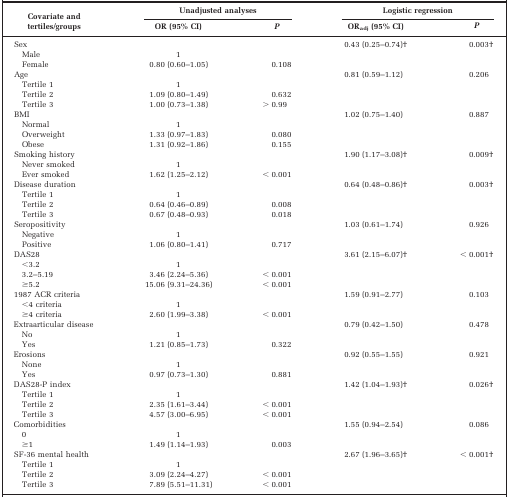
<table><thead><tr><td rowspan="3"><b>Covariate and tertiles/groups</b></td><td colspan="2"><b>Unadjusted analyses</b></td><td colspan="2"><b>Logistic regression</b></td></tr><tr><td><b>OR (95% CI)</b></td><td><b><i>P</i></b></td><td><b>OR<sub>adj</sub> (95% CI)</b></td><td><b><i>P</i></b></td></tr></thead><tbody><tr><td>Sex</td><td></td><td></td><td>0.43 (0.25–0.74)†</td><td>0.003†</td></tr><tr><td> Male</td><td>1</td><td></td><td></td><td></td></tr><tr><td> Female</td><td>0.80 (0.60–1.05)</td><td>0.108</td><td></td><td></td></tr><tr><td>Age</td><td></td><td></td><td>0.81 (0.59–1.12)</td><td>0.206</td></tr><tr><td> Tertile 1</td><td>1</td><td></td><td></td><td></td></tr><tr><td> Tertile 2</td><td>1.09 (0.80–1.49)</td><td>0.632</td><td></td><td></td></tr><tr><td> Tertile 3</td><td>1.00 (0.73–1.38)</td><td>&gt; 0.99</td><td></td><td></td></tr><tr><td>BMI</td><td></td><td></td><td>1.02 (0.75–1.40)</td><td>0.887</td></tr><tr><td> Normal</td><td>1</td><td></td><td></td><td></td></tr><tr><td> Overweight</td><td>1.33 (0.97–1.83)</td><td>0.080</td><td></td><td></td></tr><tr><td> Obese</td><td>1.31 (0.92–1.86)</td><td>0.155</td><td></td><td></td></tr><tr><td>Smoking history</td><td></td><td></td><td>1.90 (1.17–3.08)†</td><td>0.009†</td></tr><tr><td> Never smoked</td><td>1</td><td></td><td></td><td></td></tr><tr><td> Ever smoked</td><td>1.62 (1.25–2.12)</td><td>&lt; 0.001</td><td></td><td></td></tr><tr><td>Disease duration</td><td></td><td></td><td>0.64 (0.48–0.86)†</td><td>0.003†</td></tr><tr><td> Tertile 1</td><td>1</td><td></td><td></td><td></td></tr><tr><td> Tertile 2</td><td>0.64 (0.46–0.89)</td><td>0.008</td><td></td><td></td></tr><tr><td> Tertile 3</td><td>0.67 (0.48–0.93)</td><td>0.018</td><td></td><td></td></tr><tr><td>Seropositivity</td><td></td><td></td><td>1.03 (0.61–1.74)</td><td>0.926</td></tr><tr><td> Negative</td><td>1</td><td></td><td></td><td></td></tr><tr><td> Positive</td><td>1.06 (0.80–1.41)</td><td>0.717</td><td></td><td></td></tr><tr><td>DAS28</td><td></td><td></td><td>3.61 (2.15–6.07)†</td><td>&lt; 0.001†</td></tr><tr><td> &lt;3.2</td><td>1</td><td></td><td></td><td></td></tr><tr><td> 3.2–5.19</td><td>3.46 (2.24–5.36)</td><td>&lt; 0.001</td><td></td><td></td></tr><tr><td> ≥5.2</td><td>15.06 (9.31–24.36)</td><td>&lt; 0.001</td><td></td><td></td></tr><tr><td>1987 ACR criteria</td><td></td><td></td><td>1.59 (0.91–2.77)</td><td>0.103</td></tr><tr><td> &lt;4 criteria</td><td>1</td><td></td><td></td><td></td></tr><tr><td> ≥4 criteria</td><td>2.60 (1.99–3.38)</td><td>&lt; 0.001</td><td></td><td></td></tr><tr><td>Extraarticular disease</td><td></td><td></td><td>0.79 (0.42–1.50)</td><td>0.478</td></tr><tr><td> No</td><td>1</td><td></td><td></td><td></td></tr><tr><td> Yes</td><td>1.21 (0.85–1.73)</td><td>0.322</td><td></td><td></td></tr><tr><td>Erosions</td><td></td><td></td><td>0.92 (0.55–1.55)</td><td>0.921</td></tr><tr><td> None</td><td>1</td><td></td><td></td><td></td></tr><tr><td> Yes</td><td>0.97 (0.73–1.30)</td><td>0.881</td><td></td><td></td></tr><tr><td>DAS28-P index</td><td></td><td></td><td>1.42 (1.04–1.93)†</td><td>0.026†</td></tr><tr><td> Tertile 1</td><td>1</td><td></td><td></td><td></td></tr><tr><td> Tertile 2</td><td>2.35 (1.61–3.44)</td><td>&lt; 0.001</td><td></td><td></td></tr><tr><td> Tertile 3</td><td>4.57 (3.00–6.95)</td><td>&lt; 0.001</td><td></td><td></td></tr><tr><td>Comorbidities</td><td></td><td></td><td>1.55 (0.94–2.54)</td><td>0.086</td></tr><tr><td> 0</td><td>1</td><td></td><td></td><td></td></tr><tr><td> ≥1</td><td>1.49 (1.14–1.93)</td><td>0.003</td><td></td><td></td></tr><tr><td>SF-36 mental health</td><td></td><td></td><td>2.67 (1.96–3.65)†</td><td>&lt; 0.001†</td></tr><tr><td> Tertile 1</td><td>1</td><td></td><td></td><td></td></tr><tr><td> Tertile 2</td><td>3.09 (2.24–4.27)</td><td>&lt; 0.001</td><td></td><td></td></tr><tr><td> Tertile 3</td><td>7.89 (5.51–11.31)</td><td>&lt; 0.001</td><td></td><td></td></tr></tbody></table>